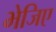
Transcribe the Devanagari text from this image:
भेजिए